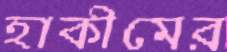
হাকীমের